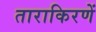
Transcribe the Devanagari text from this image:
ताराकिरणें